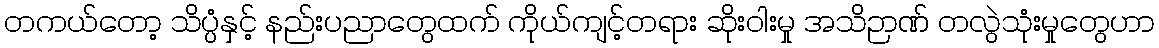
တကယ်တော့ သိပ္ပံနှင့် နည်းပညာတွေထက် ကိုယ်ကျင့်တရား ဆိုးဝါးမှု အသိဉာဏ် တလွဲသုံးမှုတွေဟာ